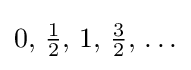
{\textstyle 0,\,{\frac {1}{2}},\,1,\,{\frac {3}{2}},\,\ldots }